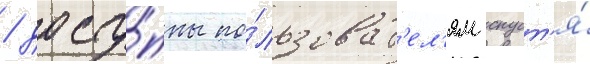
/ досту́пны по́льзоват'ел'ям спуст'я́